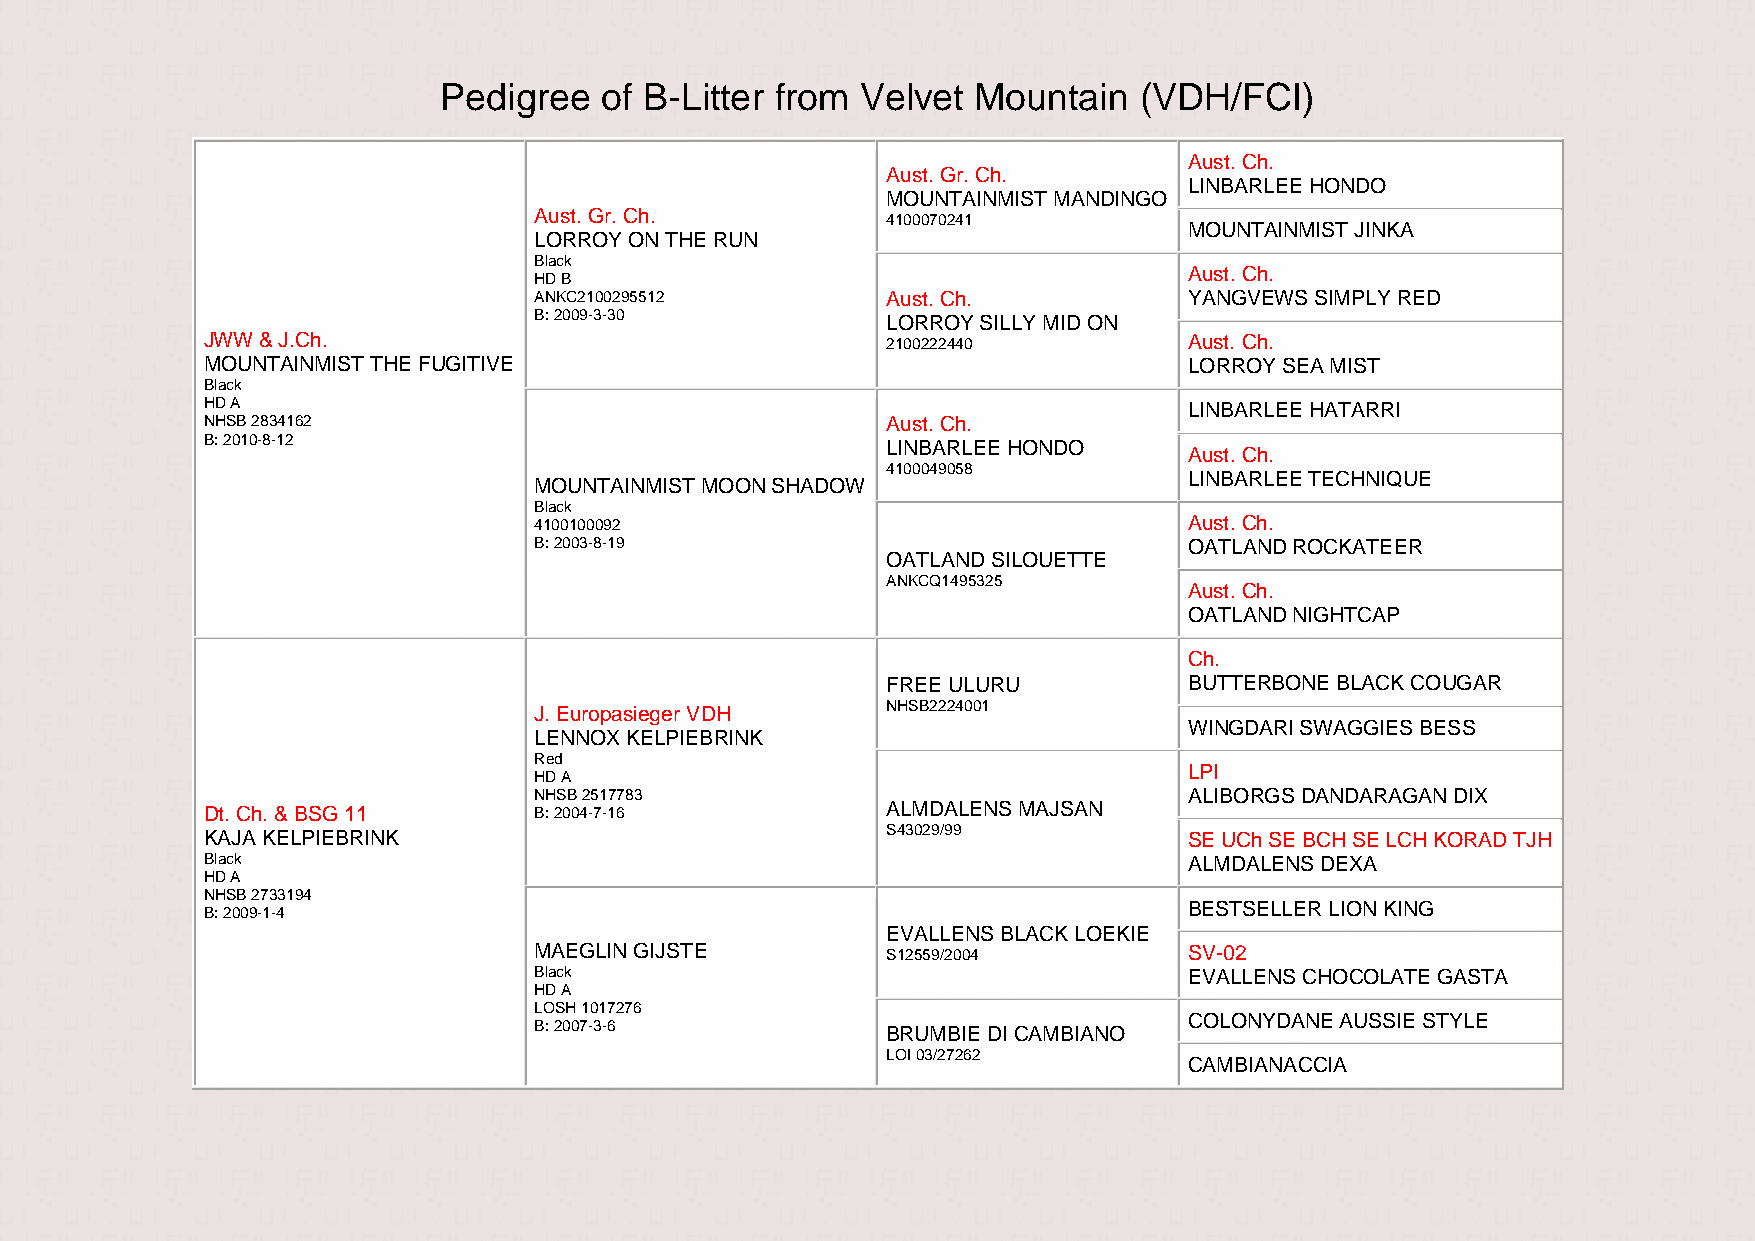
Pedigree   of B-Litter from Velvet Mountain   (VDH/FCI)
 Aust. Ch.
 Aust. Gr. Ch.
 LINBARLEE HONDO
 MOUNTAINMIST MANDINGO
 Aust. Gr. Ch.           4100070241
 MOUNTAINMIST JINKA
 LORROY ON THE RUN
 Black
 Aust. Ch.
 HD B
 ANKC2100295512          Aust. Ch.           YANGVEWS SIMPLY RED
 B: 2009-3-30            LORROY SILLY MID ON
 JWW & J.Ch.                                   2100222440          Aust. Ch.
 MOUNTAINMIST THE FUGITIVE                                         LORROY SEA MIST
 Black
 HD A                                                              LINBARLEE HATARRI
 NHSB 2834162                                  Aust. Ch.
 B: 2010-8-12                                  LINBARLEE HONDO
 Aust. Ch.
 4100049058
 LINBARLEE TECHNIQUE
 MOUNTAINMIST MOON SHADOW
 Black
 4100100092                                  Aust. Ch.
 B: 2003-8-19                                OATLAND ROCKATEER
 OATLAND SILOUETTE
 ANKCQ1495325
 Aust. Ch.
 OATLAND NIGHTCAP
 Ch.
 FREE ULURU          BUTTERBONE BLACK COUGAR
 J. Europasieger VDH     NHSB2224001
 WINGDARI SWAGGIES BESS
 LENNOX KELPIEBRINK
 Red
 LPI
 HD A
 NHSB 2517783                                ALIBORGS DANDARAGAN DIX
 Dt. Ch. & BSG 11      B: 2004-7-16            ALMDALENS MAJSAN
 KAJA KELPIEBRINK                              S43029/99           SE UCh SE BCH SE LCH KORAD TJH
 Black                                                             ALMDALENS DEXA
 HD A
 NHSB 2733194
 BESTSELLER LION KING
 B: 2009-1-4
 EVALLENS BLACK LOEKIE
 MAEGLIN GIJSTE          S12559/2004         SV-02
 Black                                       EVALLENS CHOCOLATE GASTA
 HD A
 LOSH 1017276
 COLONYDANE AUSSIE STYLE
 B: 2007-3-6             BRUMBIE DI CAMBIANO
 LOI 03/27262
 CAMBIANACCIA